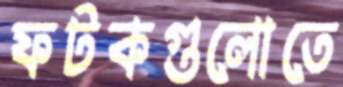
ফটকগুলোতে